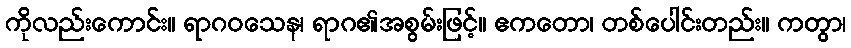
ကိုလည်းကောင်း။ ရာဂဝသေန၊ ရာဂ၏အစွမ်းဖြင့်။ ဧကတော၊ တစ်ပေါင်းတည်း။ ကတွာ၊